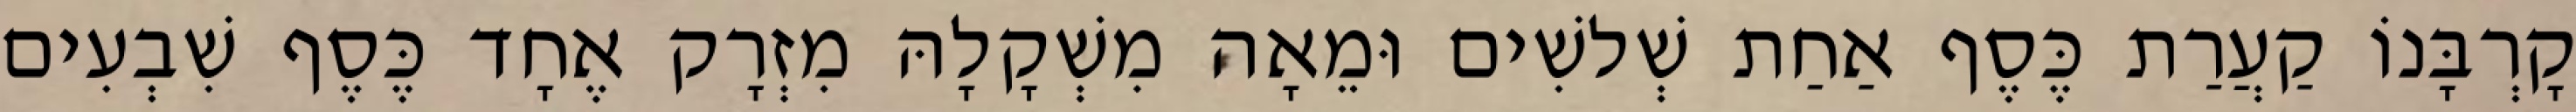
קָרְבָּנוֹ קַעֲרַת כֶּסֶף אַחַת שְׁלשִׁים וּמֵאָה מִשְׁקָלָהּ מִזְרָק אֶחָד כֶּסֶף שִׁבְעִים